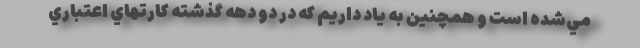
مي­شده است و همچنين به ياد داريم كه در دو دهه گذشته كارتهاي اعتباري